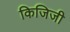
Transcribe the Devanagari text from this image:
किजिजी